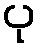
ပု